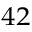
^ { 4 2 }